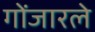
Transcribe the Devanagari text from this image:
गोंजारले